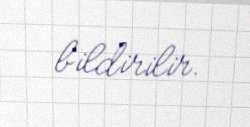
bildirilir.